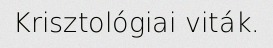
Krisztológiai viták.